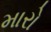
મારો